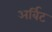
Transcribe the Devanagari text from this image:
अर्बिट